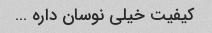
کیفیت خیلی نوسان داره …